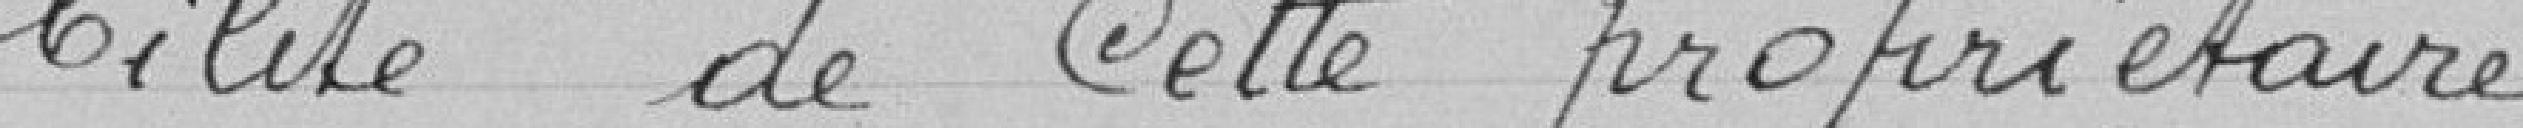
bilité de cette propriétaire.